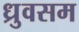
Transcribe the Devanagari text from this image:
ध्रुवसम